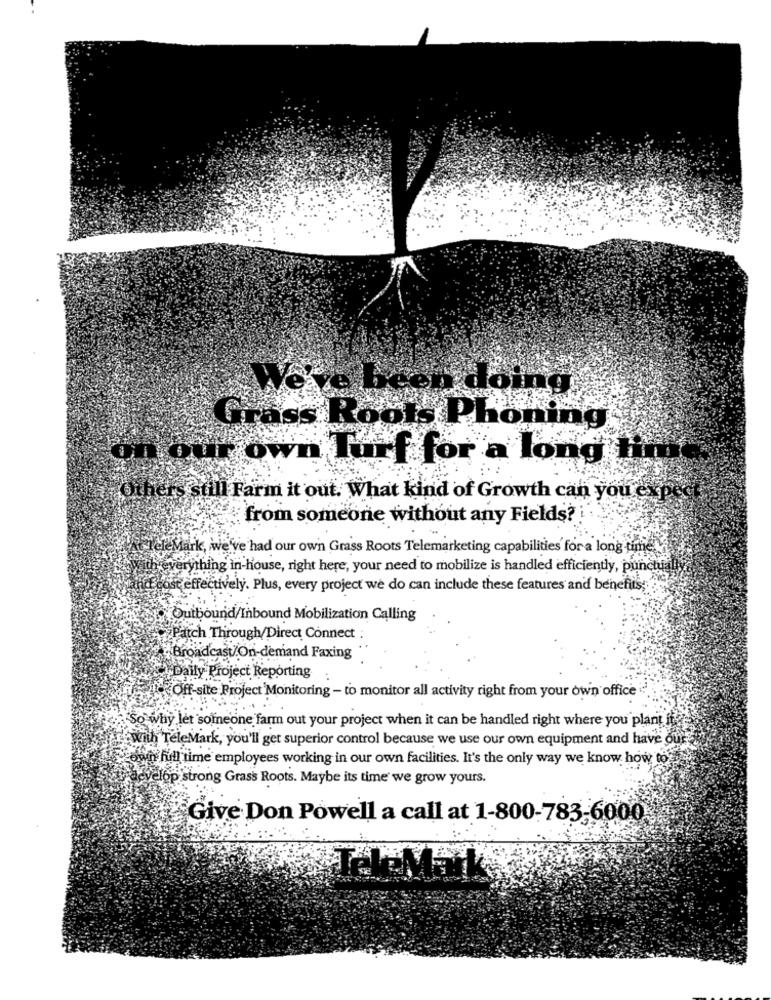
Were been doing
ting
our own Turf for a long
ers still Farm it out. What kind of Growth can you en
from someone without any Fields?
TeleMark, we've had our own Grass Roots Telemarketing capabilities for a long time
veverything in-house, right here, your need to mobilize is handled efficiently, punctua
cost effectively. Plus, every project we do can include these features and benefits ;.
Outbound/Inbound Mobilization Calling
Patch Through/Direct Connect
Broadcast/On-demand Faxing
Daily Project Reporting
Off-site Project Monitoring - to monitor all activity right from your own office
So why let somneone farm out your project when it can be handled right where you plant if
with TeleMark, you'll get superior control because we use our own equipment and have our
Lowyn hill time employees working in our own facilities. It's the only way we know how to
develop strong Grass Roots. Maybe its time we grow yours.
Give Don Powell a call at 1-800-783-6000